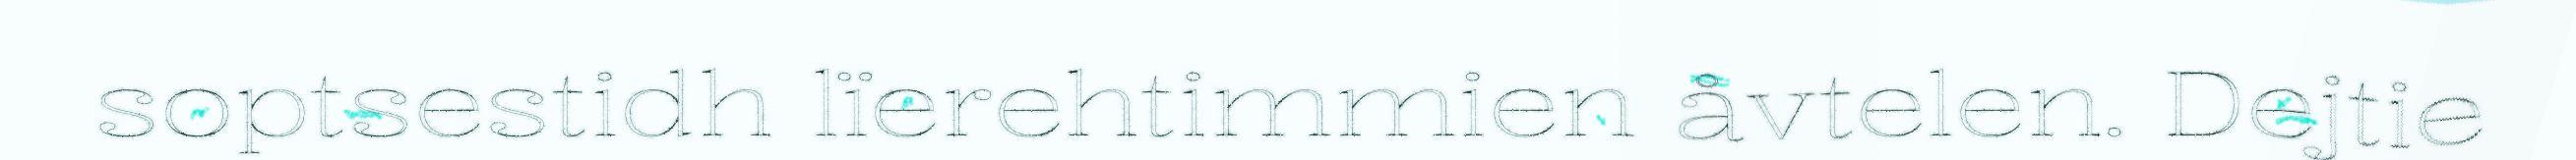
soptsestidh lïerehtimmien åvtelen. Dejtie